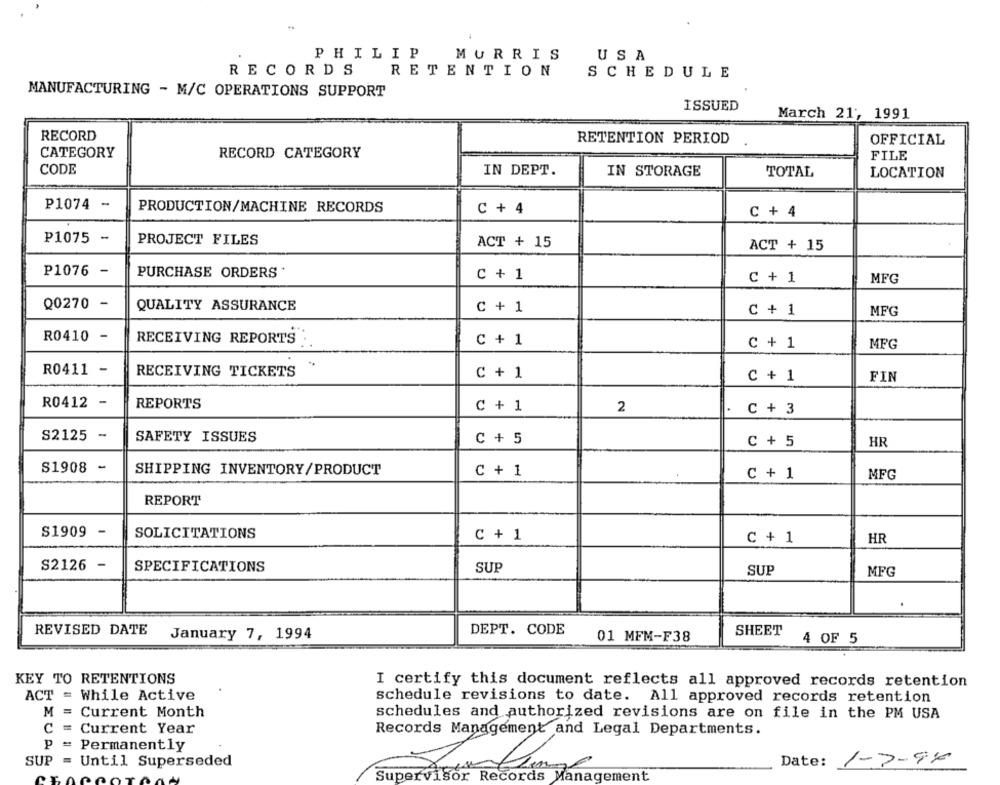
PHILIP
MURRIS
USA
RECORDS
RETENTION
SCHEDULE
MANUFACTURING - M/C OPERATIONS SUPPORT
ISSUED
March 21, 1991
RECORD
RETENTION PERIOD
OFFICIAL
CATEGORY
RECORD CATEGORY
FILE
CODE
IN DEPT.
IN STORAGE
TOTAL
LOCATION
P1074 -
PRODUCTION/MACHINE RECORDS
C + 4
C + 4
P1075 -
PROJECT FILES
ACT + 15
ACT + 15
P1076 -
PURCHASE ORDERS *
C + 1
C + 1
MFG
Q0270
-
QUALITY ASSURANCE
C + 1
C + 1
MFG
R0410 -
RECEIVING REPORTS
C + 1
C + 1
MFG
R0411 -
RECEIVING TICKETS
C + 1
C + 1
FIN
R0412 -
REPORTS
C + 1
2
C + 3
S2125 -
SAFETY ISSUES
C + 5
C + 5
HR
S1908 -
SHIPPING INVENTORY/PRODUCT
C + 1
C + 1
MFG
REPORT
S1909
SOLICITATIONS
C + 1
C + 1
HR
S2126 -
SPECIFICATIONS
SUP
SUP
MFG
REVISED DATE
January 7, 1994
DEPT. CODE
SHEET
01 MFM-F38
4 OF 5
KEY TO RETENTIONS
I certify this document reflects all approved records retention
ACT = While Active
schedule revisions to date. All approved records retention
M = Current Month
schedules and authorized revisions are on file in the PM USA
C = Current Year
Records Management and Legal Departments.
P = Permanently
SUP
= Until Superseded
1-7-96
Date:
Supervisor Records Management